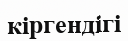
кіргендігі